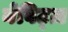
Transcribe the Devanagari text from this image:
नेविट्ज़